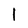
Character: l